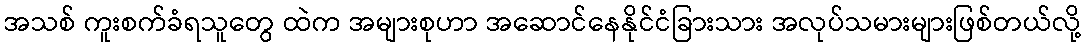
အသစ် ကူးစက်ခံရသူတွေ ထဲက အများစုဟာ အဆောင်နေနိုင်ငံခြားသား အလုပ်သမားများဖြစ်တယ်လို့